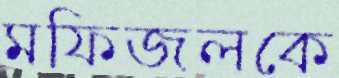
মফিজলকে